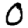
Digit: 0